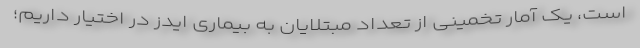
است، یک آمار تخمینی از تعداد مبتلایان به بیماری ایدز در اختیار داریم؛